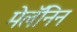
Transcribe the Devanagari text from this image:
मेलॅनिन